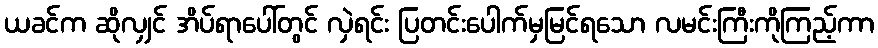
ယခင်က ဆိုလျှင် အိပ်ရာပေါ်တွင် လှဲရင်း ပြတင်းပေါက်မှမြင်ရသော လမင်းကြီးကိုကြည့်ကာ